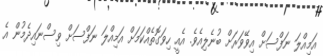
އަމިއްލަ ނަފްސަށް އިވޭވަރަށް ބުނެލިއެވެ. އެއީ ހިވަގޮތެއްކަމަށް އަމިއްލަ ނަފްސަށް ވިސްނައިދެމުން އެ